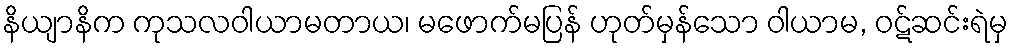
နိယျာနိက ကုသလဝါယာမတာယ၊ မဖောက်မပြန် ဟုတ်မှန်သော ဝါယာမ, ဝဋ်ဆင်းရဲမှ